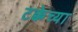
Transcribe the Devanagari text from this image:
टक्केच्या